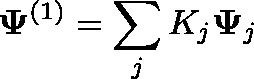
\mathbf { \Psi } ^ { ( 1 ) } = \sum _ { j } K _ { j } \mathbf { \Psi } _ { j }